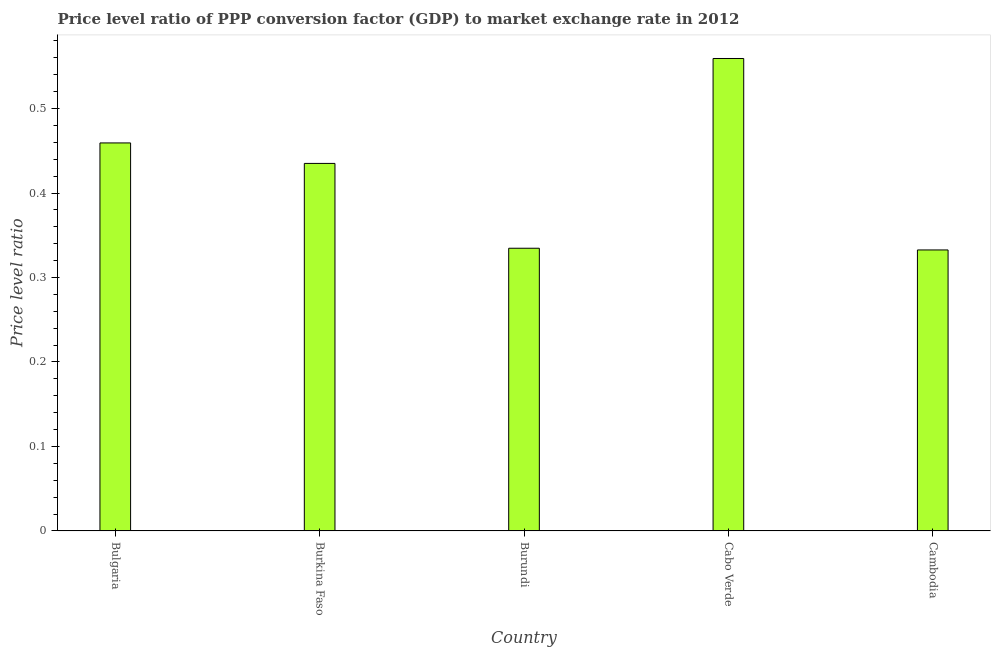
| Country | Price level ratio |
 | --- | --- |
 | Bulgaria | 0.459 |
 | Burkina Faso | 0.435 |
 | Burundi | 0.335 |
 | Cabo Verde | 0.559 |
 | Cambodia | 0.333 |